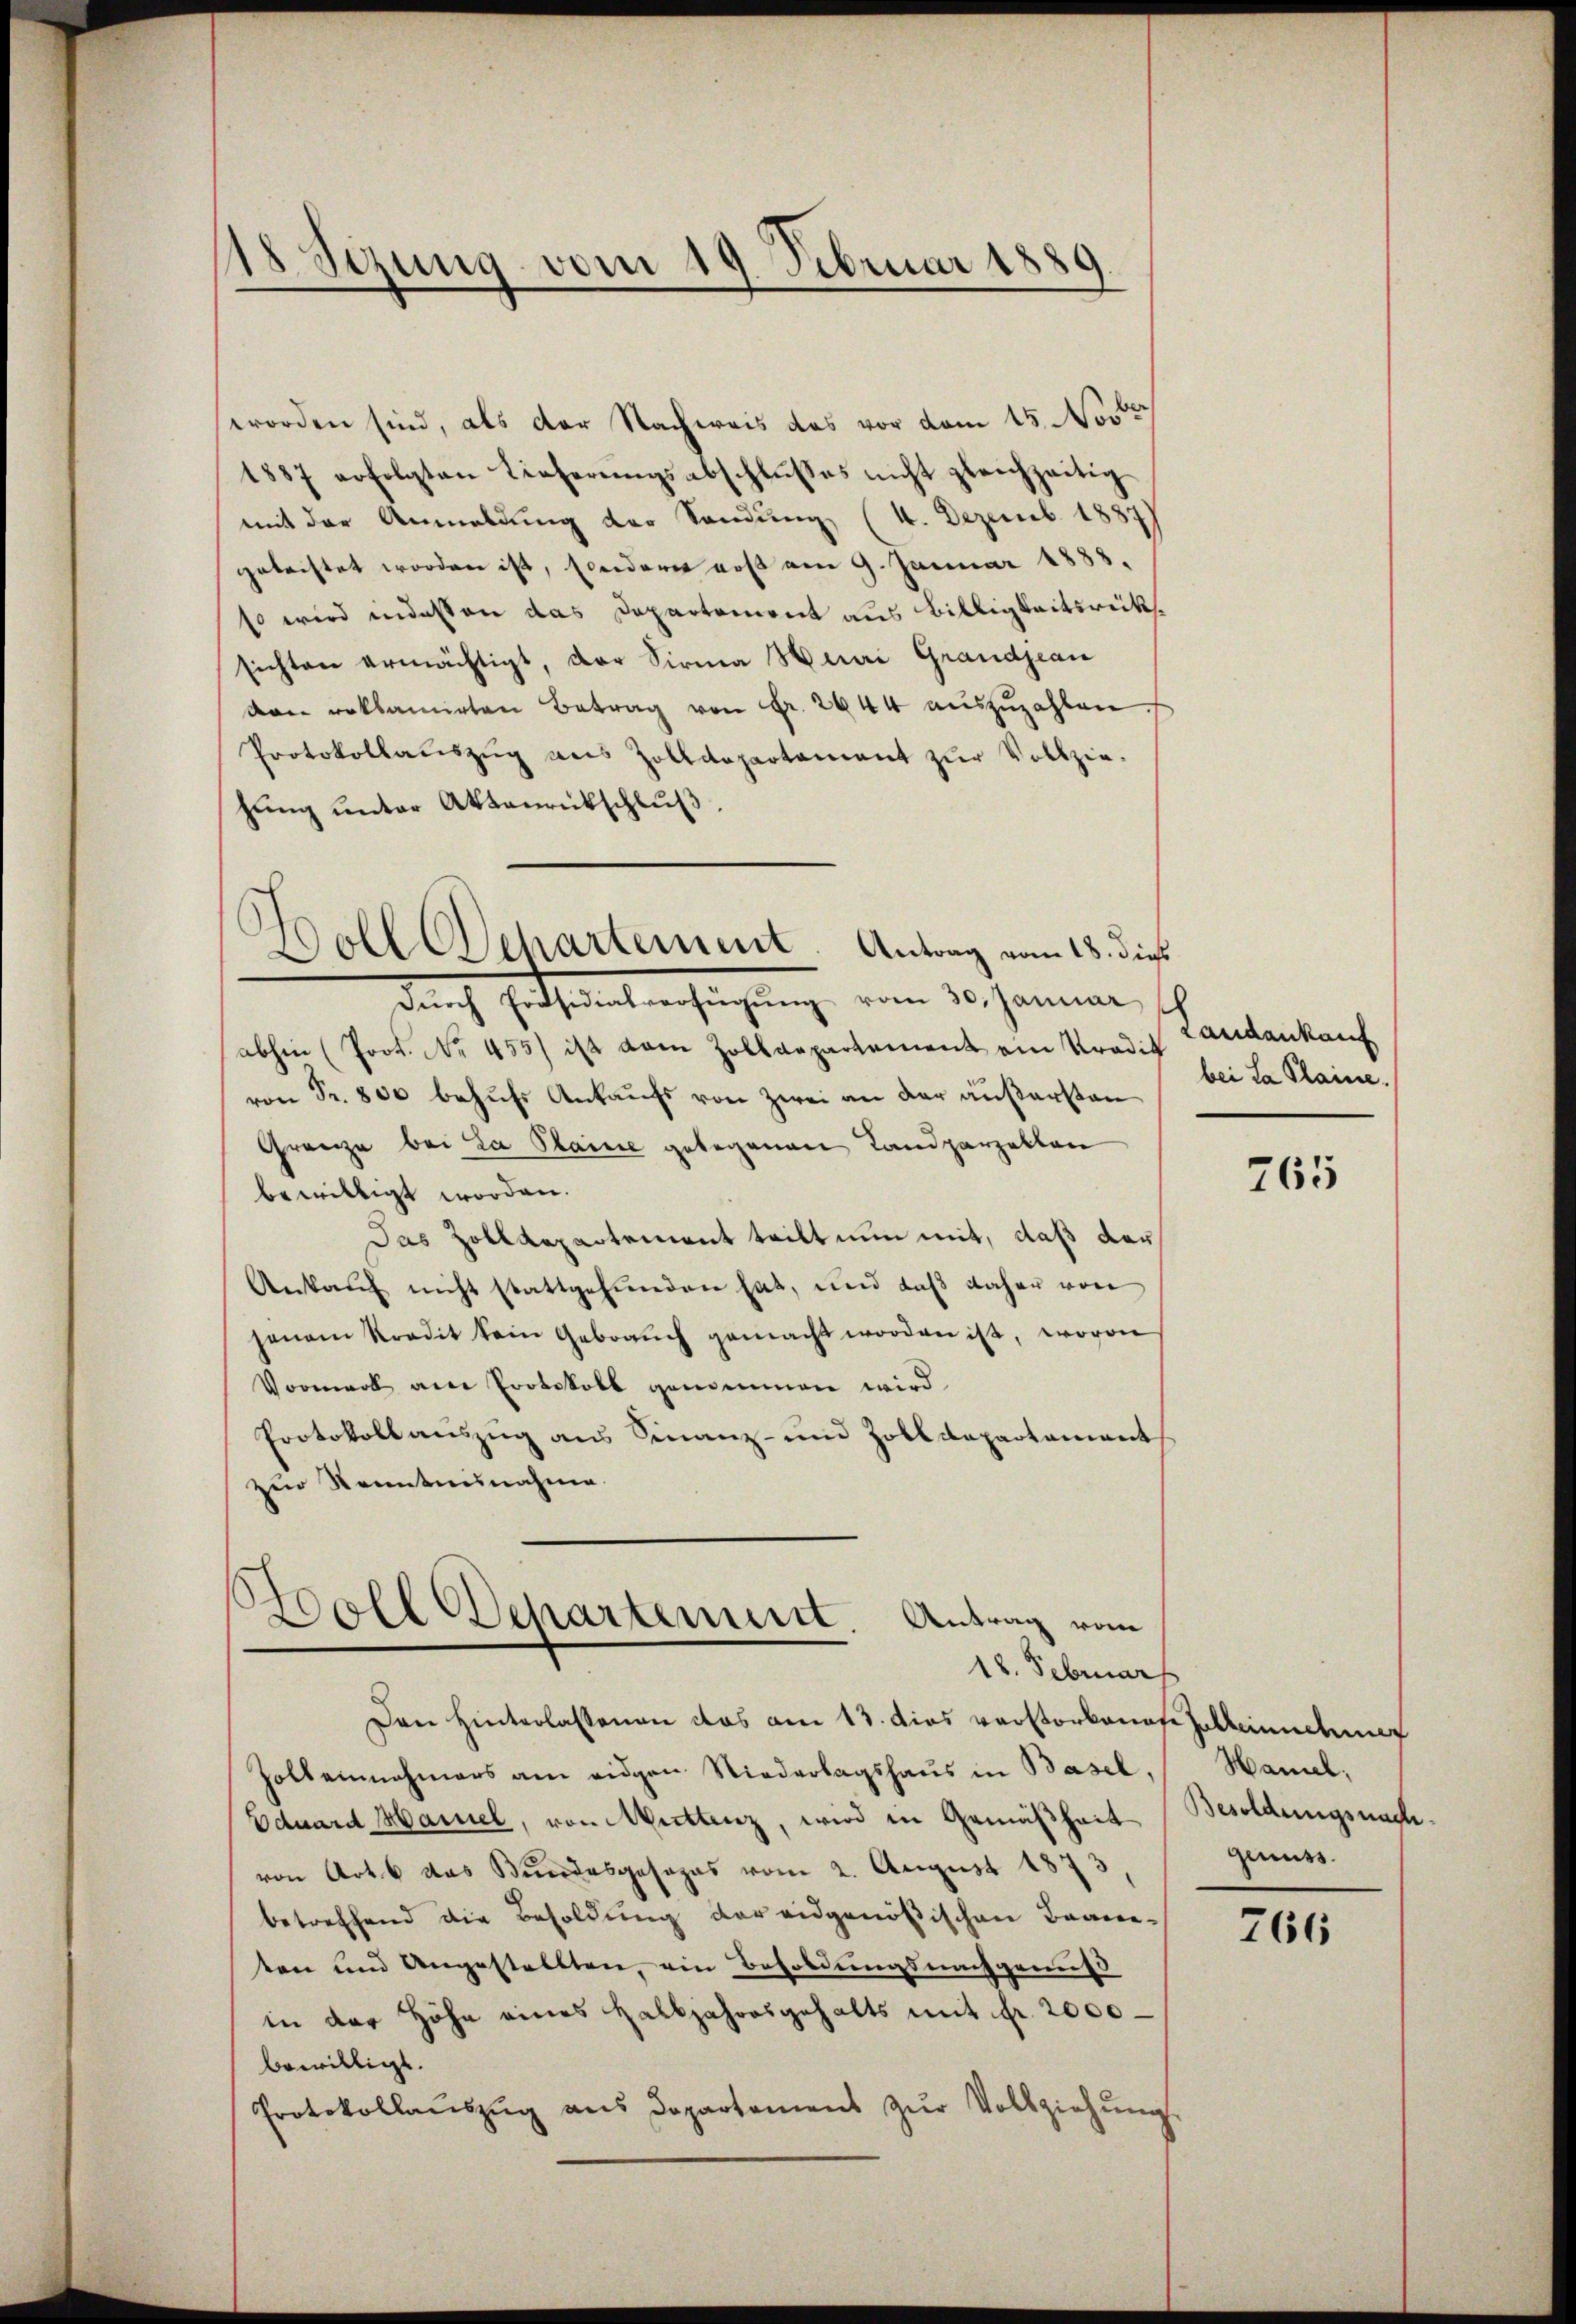
18 Sezung vom 19. Februar 1889.

worden sind, als der Nachweis das vor dem 15. Nove
1887 erfolgten Lieferŭngsabschlŭsses nicht gleichzeitig
mit der Anmeldung der Sandung (4. Dezemb. 1887
geleistet worden ist, sonderer dos am 9. Januar 1888.
so wird indesten das Departement aus Billigkeitsrück.
sichten ermächtigt, der Sirma Hurni Grandjean
van reklamirten Betrag von Fr. 2044 auszuzahlen
Protokollaŭszŭg aus Zolldepartament zŭr Vollzie-
hŭng ŭnter Aktenrütschlŭβ:
Dŭrch Präsidialverfügung vom 30. Januar
abhin (Prot. No. 455/ ist vom Zolldepartement ein Tradit
von Fr. 800 behufs Ankaufs von Zwei an der äußerstan
Grenze bei La Plaine gelegenen Landparzelten
bewilligt worden.
Das Zolldepartement teilt nun mit, daß der
Ankaŭf nicht stattgefunden hat, und daβ daher von
jenem Kredit kein Gebrauch gemacht worden ist, wovon
Vormerk am Protokoll geneinen wird
Protokoll auszug aus Finanz- und Zolldepartement
zur Kenntnisnahme.
Boll Departement Antrag vom

.
Doll Departement. Antrag vom 18. dieß

18. Februars

Den Hinterlassenen das am 13. dies verstorbenes Zollendung
holt einnahmers ane eidgen Niederlagshaus in Basel,
Eduard Mariel, von Mittenz, wird in Gemäßheit
von Art. 6 das Bundesgesages vom 2. August 1873
betreffend die Besoldung der eidgenößischen Braneten und Angestellten, ein Besoldungsnachgenuß
in der Höhe eines Halbjahresgehalts mit Fr. 2000
bewilligt.
Protokollaŭszŭg ans Dopartament zŭr Vollziehŭng

Landankauf
bei La Plaine.

765

Hamel,
Besoldungsnachgenuss.

766